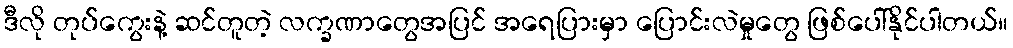
ဒီလို တုပ်ကွေးနဲ့ ဆင်တူတဲ့ လက္ခဏာတွေအပြင် အရေပြားမှာ ပြောင်းလဲမှုတွေ ဖြစ်ပေါ်နိုင်ပါတယ်။